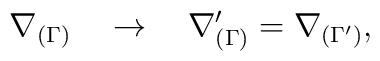
\nabla_{(\Gamma)}\quad\rightarrow\quad\nabla^\prime_{(\Gamma)}=\nabla_{(\Gamma^\prime)},